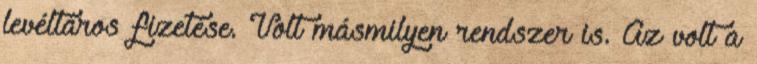
levéltáros fizetése. Volt másmilyen rendszer is. Az volt a